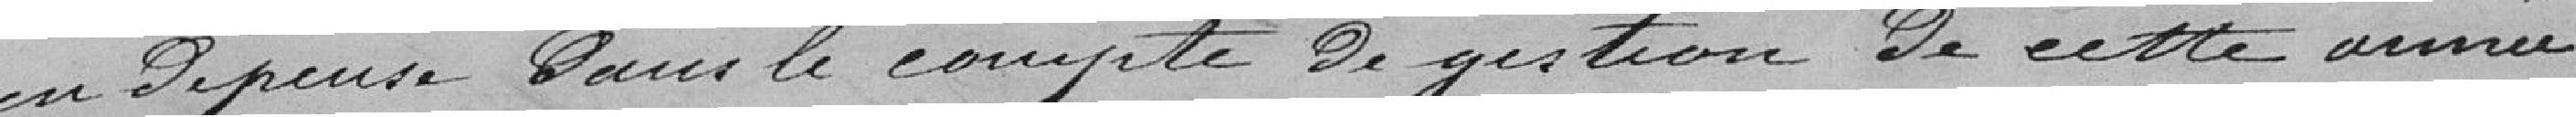
en dépense dans le compte de gestion de cette année